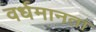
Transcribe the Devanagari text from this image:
वर्धमानता